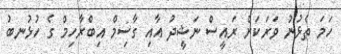
ހަމަ ތެޅުނު ވަރަަކަށް ރައީސް ނަޝީދު އާއި ގާސިމް އިބްރާހިމް ގެ ހުޅުނބު